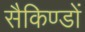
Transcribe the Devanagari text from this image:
सैकिण्डों